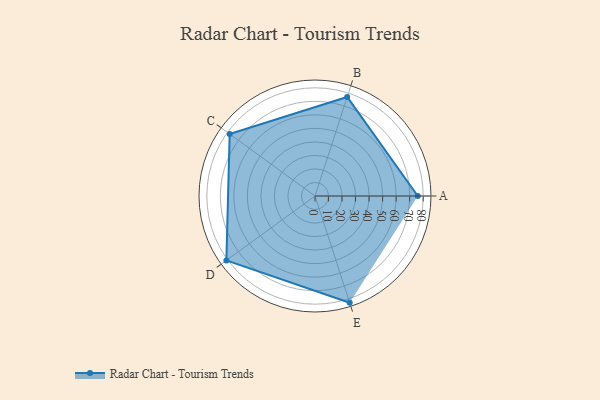
{"axis": {"x": "Skill", "y": "Score"}, "legend": ["Profile"], "data": [{"x": "A", "y": 76.0, "type": "Profile"}, {"x": "B", "y": 77.0, "type": "Profile"}, {"x": "C", "y": 78.0, "type": "Profile"}, {"x": "D", "y": 81.0, "type": "Profile"}, {"x": "E", "y": 83.0, "type": "Profile"}]}